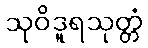
သုဝိဒူရသုတ္တံ